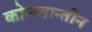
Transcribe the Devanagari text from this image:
कोन्स्तान्तीन